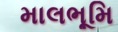
માલભૂમિ